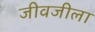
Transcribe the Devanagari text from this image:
जीवजीला